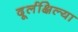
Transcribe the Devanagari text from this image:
दूर्लक्षिल्या